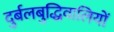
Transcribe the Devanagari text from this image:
दुर्बलबुद्धिवालियों